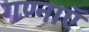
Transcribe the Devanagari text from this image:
गण्नाऍ